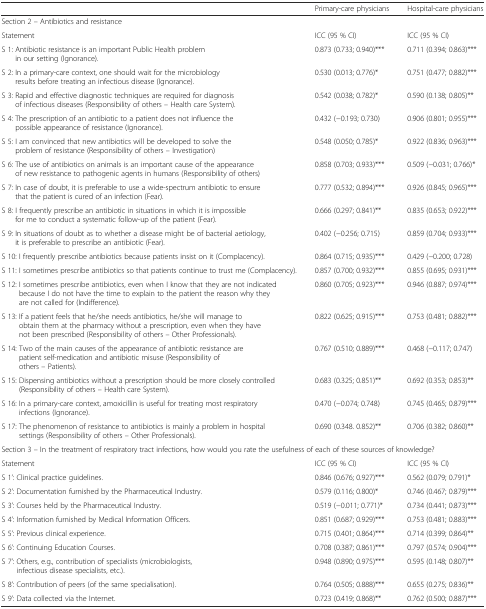
<table><thead><tr><td></td><td><b>Primary-care physicians</b></td><td><b>Hospital-care physicians</b></td></tr></thead><tbody><tr><td colspan="3">Section 2 – Antibiotics and resistance</td></tr><tr><td>Statement</td><td>ICC (95 % CI)</td><td>ICC (95 % CI)</td></tr><tr><td>S 1: Antibiotic resistance is an important Public Health problem in our setting (Ignorance).</td><td>0.873 (0.733; 0.940)***</td><td>0.711 (0.394; 0.863)***</td></tr><tr><td>S 2: In a primary-care context, one should wait for the microbiology results before treating an infectious disease (Ignorance).</td><td>0.530 (0.013; 0.776)*</td><td>0.751 (0.477; 0.882)***</td></tr><tr><td>S 3: Rapid and effective diagnostic techniques are required for diagnosis of infectious diseases (Responsibility of others – Health care System).</td><td>0.542 (0.038; 0.782)*</td><td>0.590 (0.138; 0.805)**</td></tr><tr><td>S 4: The prescription of an antibiotic to a patient does not influence the possible appearance of resistance (Ignorance).</td><td>0.432 (−0.193; 0.730)</td><td>0.906 (0.801; 0.955)***</td></tr><tr><td>S 5: I am convinced that new antibiotics will be developed to solve the problem of resistance (Responsibility of others – Investigation)</td><td>0.548 (0.050; 0.785)*</td><td>0.922 (0.836; 0.963)***</td></tr><tr><td>S 6: The use of antibiotics on animals is an important cause of the appearance of new resistance to pathogenic agents in humans (Responsibility of others)</td><td>0.858 (0.703; 0.933)***</td><td>0.509 (−0.031; 0.766)*</td></tr><tr><td>S 7: In case of doubt, it is preferable to use a wide-spectrum antibiotic to ensure that the patient is cured of an infection (Fear).</td><td>0.777 (0.532; 0.894)***</td><td>0.926 (0.845; 0.965)***</td></tr><tr><td>S 8: I frequently prescribe an antibiotic in situations in which it is impossible for me to conduct a systematic follow-up of the patient (Fear).</td><td>0.666 (0.297; 0.841)**</td><td>0.835 (0.653; 0.922)***</td></tr><tr><td>S 9: In situations of doubt as to whether a disease might be of bacterial aetiology, it is preferable to prescribe an antibiotic (Fear).</td><td>0.402 (−0.256; 0.715)</td><td>0.859 (0.704; 0.933)***</td></tr><tr><td>S 10: I frequently prescribe antibiotics because patients insist on it (Complacency).</td><td>0.864 (0.715; 0.935)***</td><td>0.429 (−0.200; 0.728)</td></tr><tr><td>S 11: I sometimes prescribe antibiotics so that patients continue to trust me (Complacency).</td><td>0.857 (0.700; 0.932)***</td><td>0.855 (0.695; 0.931)***</td></tr><tr><td>S 12: I sometimes prescribe antibiotics, even when I know that they are not indicated because I do not have the time to explain to the patient the reason why they are not called for (Indifference).</td><td>0.860 (0.705; 0.923)***</td><td>0.946 (0.887; 0.974)***</td></tr><tr><td>S 13: If a patient feels that he/she needs antibiotics, he/she will manage to obtain them at the pharmacy without a prescription, even when they have not been prescribed (Responsibility of others – Other Professionals).</td><td>0.822 (0.625; 0.915)***</td><td>0.753 (0.481; 0.882)***</td></tr><tr><td>S 14: Two of the main causes of the appearance of antibiotic resistance are patient self-medication and antibiotic misuse (Responsibility of others – Patients).</td><td>0.767 (0.510; 0.889)***</td><td>0.468 (−0.117; 0.747)</td></tr><tr><td>S 15: Dispensing antibiotics without a prescription should be more closely controlled (Responsibility of others – Health care System).</td><td>0.683 (0.325; 0.851)**</td><td>0.692 (0.353; 0.853)**</td></tr><tr><td>S 16: In a primary-care context, amoxicillin is useful for treating most respiratory infections (Ignorance).</td><td>0.470 (−0.074; 0.748)</td><td>0.745 (0.465; 0.879)***</td></tr><tr><td>S 17: The phenomenon of resistance to antibiotics is mainly a problem in hospital settings (Responsibility of others – Other Professionals).</td><td>0.690 (0.348. 0.852)**</td><td>0.706 (0.382; 0.860)**</td></tr><tr><td colspan="3">Section 3 – In the treatment of respiratory tract infections, how would you rate the usefulness of each of these sources of knowledge?</td></tr><tr><td>Statement</td><td>ICC (95 % CI)</td><td>ICC (95 % CI)</td></tr><tr><td>S 1’: Clinical practice guidelines.</td><td>0.846 (0.676; 0.927)***</td><td>0.562 (0.079; 0.791)*</td></tr><tr><td>S 2’: Documentation furnished by the Pharmaceutical Industry.</td><td>0.579 (0.116; 0.800)*</td><td>0.746 (0.467; 0.879)***</td></tr><tr><td>S 3’: Courses held by the Pharmaceutical Industry.</td><td>0.519 (−0.011; 0.771)*</td><td>0.734 (0.441; 0.873)***</td></tr><tr><td>S 4’: Information furnished by Medical Information Officers.</td><td>0.851 (0.687; 0.929)***</td><td>0.753 (0.481; 0.883)***</td></tr><tr><td>S 5’: Previous clinical experience.</td><td>0.715 (0.401; 0.864)***</td><td>0.714 (0.399; 0.864)**</td></tr><tr><td>S 6’: Continuing Education Courses.</td><td>0.708 (0.387; 0.861)***</td><td>0.797 (0.574; 0.904)***</td></tr><tr><td>S 7’: Others, e.g., contribution of specialists (microbiologists, infectious disease specialists, etc.).</td><td>0.948 (0.890; 0.975)***</td><td>0.595 (0.148; 0.807)**</td></tr><tr><td>S 8’: Contribution of peers (of the same specialisation).</td><td>0.764 (0.505; 0.888)***</td><td>0.655 (0.275; 0.836)**</td></tr><tr><td>S 9’: Data collected via the Internet.</td><td>0.723 (0.419; 0.868)**</td><td>0.762 (0.500; 0.887)***</td></tr></tbody></table>